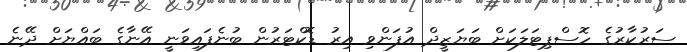
ސަރުކާރުގެ ހޮސްޕިޓަލަކަށް ބަޔަޒީދް އުފަންވި އިރު ޑޮކްޓަރުން ބުނެފައިވަނީ އޭނާގެ ބައްޔަށް ދޭނެ